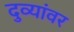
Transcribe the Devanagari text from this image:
दुव्यांवर